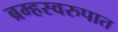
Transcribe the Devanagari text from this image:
ब्रम्हस्वरुपात